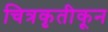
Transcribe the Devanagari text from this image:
चित्रकृतीकून